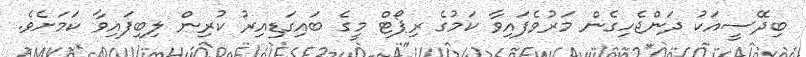
ބިދޭސީއަކު ދަންޖެހިގެން މަރުވެފައިވާ ކަމުގެ ރިޕޯޓް މީގެ ބައިގަޑިއިރު ކުރިން ލިބިފައިވާ ކަމަށެވެ.